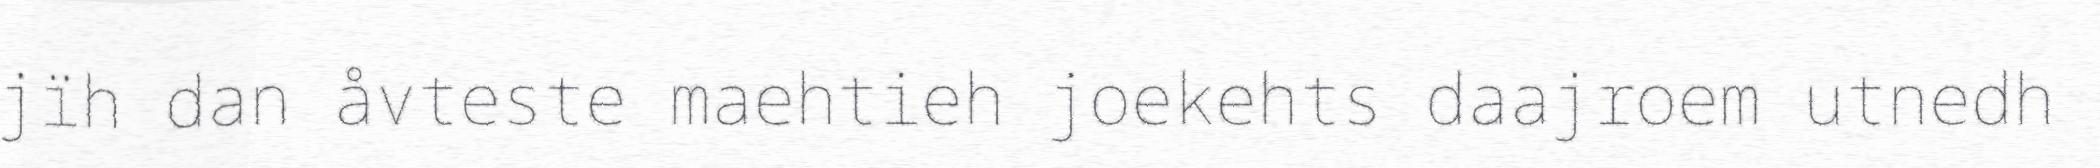
jïh dan åvteste maehtieh joekehts daajroem utnedh